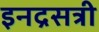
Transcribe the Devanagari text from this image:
इनद्रसत्री